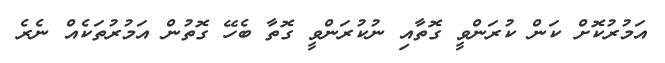
އަމުރުކޮށް ކަން ކުރަންވީ ގޮތާއި ނުކުރަންވީ ގޮތާ ބެހޭ ގޮތުން އަމުރުތަކެއް ނެރެ